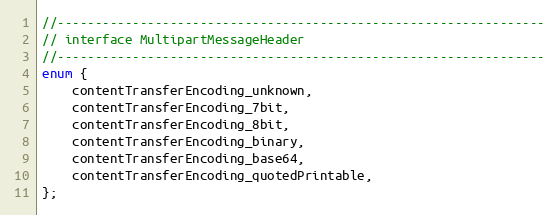
Language: C
//-----------------------------------------------------------------
// interface MultipartMessageHeader
//-----------------------------------------------------------------
enum {
    contentTransferEncoding_unknown,
    contentTransferEncoding_7bit,
    contentTransferEncoding_8bit,
    contentTransferEncoding_binary,
    contentTransferEncoding_base64,
    contentTransferEncoding_quotedPrintable,
};